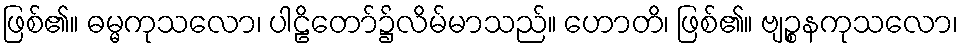
ဖြစ်၏။ ဓမ္မကုသလော၊ ပါဠိတော်၌လိမ်မာသည်။ ဟောတိ၊ ဖြစ်၏။ ဗျဉ္စနကုသလော၊